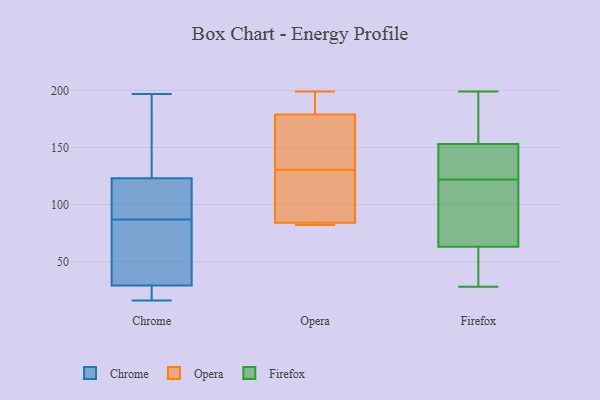
{"axis": {"x": "Shipments", "y": "Value"}, "legend": ["Chrome", "Firefox", "Opera"], "data": [{"x": "", "y": 119, "type": "Chrome"}, {"x": "", "y": 75, "type": "Chrome"}, {"x": "", "y": 164, "type": "Chrome"}, {"x": "", "y": 106, "type": "Chrome"}, {"x": "", "y": 27, "type": "Chrome"}, {"x": "", "y": 51, "type": "Chrome"}, {"x": "", "y": 94, "type": "Chrome"}, {"x": "", "y": 16, "type": "Chrome"}, {"x": "", "y": 20, "type": "Chrome"}, {"x": "", "y": 88, "type": "Chrome"}, {"x": "", "y": 192, "type": "Chrome"}, {"x": "", "y": 86, "type": "Chrome"}, {"x": "", "y": 31, "type": "Chrome"}, {"x": "", "y": 127, "type": "Chrome"}, {"x": "", "y": 27, "type": "Chrome"}, {"x": "", "y": 195, "type": "Chrome"}, {"x": "", "y": 197, "type": "Chrome"}, {"x": "", "y": 27, "type": "Chrome"}, {"x": "", "y": 83, "type": "Chrome"}, {"x": "", "y": 88, "type": "Chrome"}, {"x": "", "y": 136, "type": "Opera"}, {"x": "", "y": 83, "type": "Opera"}, {"x": "", "y": 199, "type": "Opera"}, {"x": "", "y": 179, "type": "Opera"}, {"x": "", "y": 197, "type": "Opera"}, {"x": "", "y": 125, "type": "Opera"}, {"x": "", "y": 82, "type": "Opera"}, {"x": "", "y": 107, "type": "Opera"}, {"x": "", "y": 84, "type": "Opera"}, {"x": "", "y": 169, "type": "Opera"}, {"x": "", "y": 28, "type": "Firefox"}, {"x": "", "y": 122, "type": "Firefox"}, {"x": "", "y": 51, "type": "Firefox"}, {"x": "", "y": 150, "type": "Firefox"}, {"x": "", "y": 129, "type": "Firefox"}, {"x": "", "y": 75, "type": "Firefox"}, {"x": "", "y": 154, "type": "Firefox"}, {"x": "", "y": 166, "type": "Firefox"}, {"x": "", "y": 199, "type": "Firefox"}, {"x": "", "y": 84, "type": "Firefox"}, {"x": "", "y": 59, "type": "Firefox"}]}